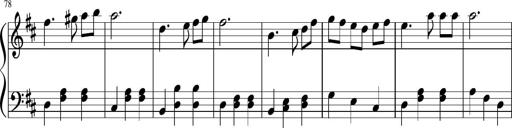
Title: Sonatine Nr.1 in C-Dur
Composer: DÃ©sirÃ©e Manns
Key: C major